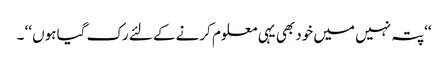
‘‘پتہ نہیں میں خود بھی یہی معلوم کرنے کے لئے رک گیا ہوں ‘‘ ۔